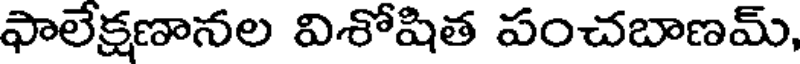
ఫాలేక్షణానల విశోషిత పంచబాణమ్,